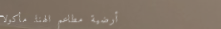
أرضية مطاعم الهنا: مأكولا